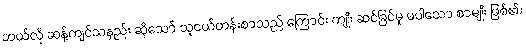
ဘယ်လို ဆန့်ကျင်သနည်း ဆိုသော် သူငယ်တန်းစာသည် ကြောင်း ကျိုး ဆင်ခြင်မှု မပါသော စာမျိုး ဖြစ်၏။